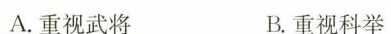
A.重视武将 B.重视科举